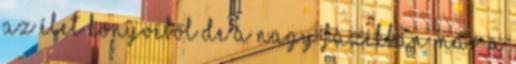
az élet könyvéből de a nagy fazékban már a